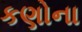
કણોના